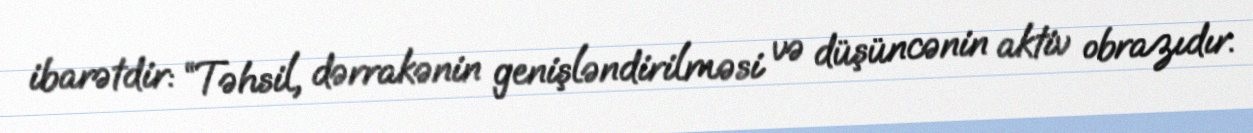
ibarətdir: “Təhsil, dərrakənin genişləndirilməsi və düşüncənin aktiv obrazıdır.